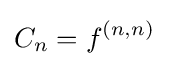
C_{n}=f^{(n,n)}